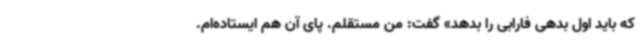
که باید اول بدهی فارابی را بدهد» گفت: من مستقلم. پای آن هم ایستاده‌ام.